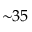
{ \sim } 3 5 \